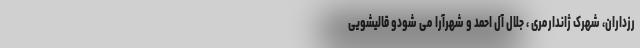
رزداران، شهرک ژاندارمری ، جلال آل احمد و شهرآرا می شودو قالیشویی